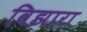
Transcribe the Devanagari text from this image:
विझारा